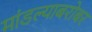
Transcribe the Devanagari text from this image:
मांडल्याबरोबर